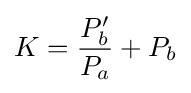
K={\frac {P_{b}'}{P_{a}}}+P_{b}